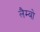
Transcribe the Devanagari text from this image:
लैम्बो